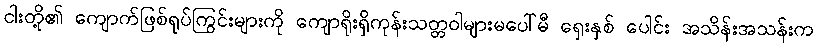
ငါးတို့၏ ကျောက်ဖြစ်ရုပ်ကြွင်းများကို ကျောရိုးရှိကုန်းသတ္တဝါများမပေါ်မီ ရှေးနှစ် ပေါင်း အသိန်းအသန်းက